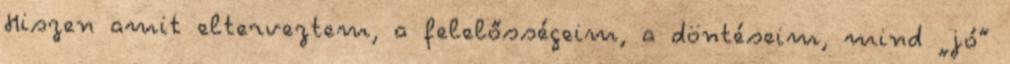
Hiszen amit elterveztem, a felelősségeim, a döntéseim, mind „jó”